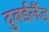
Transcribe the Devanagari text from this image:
दुबईलैंड